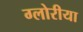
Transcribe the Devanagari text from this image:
ग्लोरीया